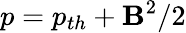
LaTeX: p=p_{th}+\mathbf{B}^{2}/2